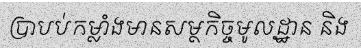
ប្រាបប់កម្លាំងមានសម្ថកិច្ចមូលដ្ឋាន និង